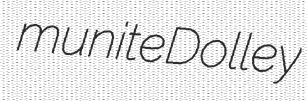
munite Dolley